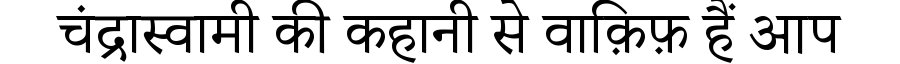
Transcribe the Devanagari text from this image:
चंद्रास्वामी की कहानी से वाक़िफ़ हैं आप